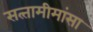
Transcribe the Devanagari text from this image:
सत्‍तामीमांसा